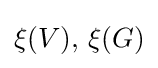
\xi (V),\,\xi (G)